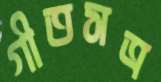
গীতসত্র